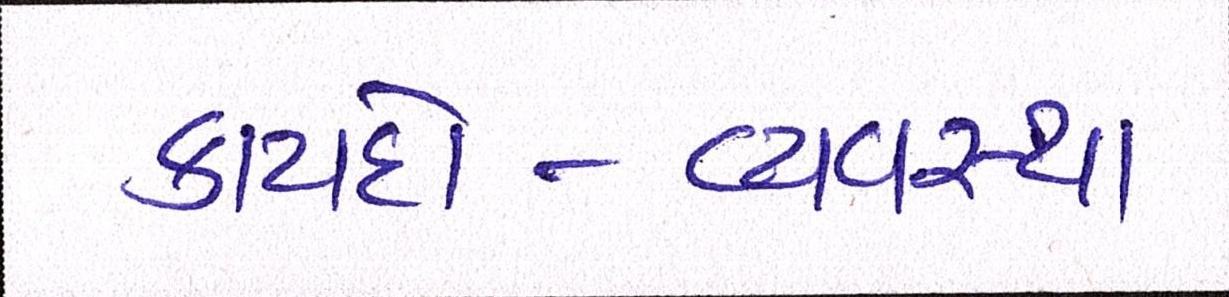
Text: કાયદો-વ્યવસ્થા